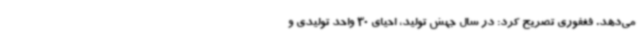
می‌دهد. فغفوری تصریح کرد: در سال جهش تولید، احیای 30 واحد تولیدی و